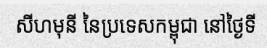
សីហមុនី នៃប្រទេសកម្ពុជា នៅថ្ងៃទី